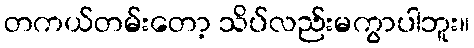
တကယ်တမ်းတော့ သိပ်လည်းမကွာပါဘူး။